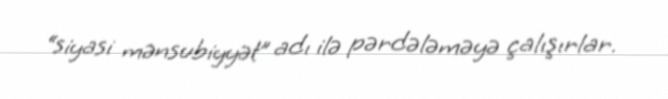
“siyasi mənsubiyyət” adı ilə pərdələməyə çalışırlar.